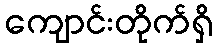
ကျောင်းတိုက်ရှိ